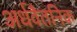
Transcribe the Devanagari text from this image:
अर्धवैतनिक